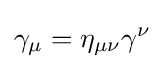
\gamma _{\mu }=\eta _{\mu \nu }\gamma ^{\nu }